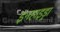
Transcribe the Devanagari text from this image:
इनहाइड्रा